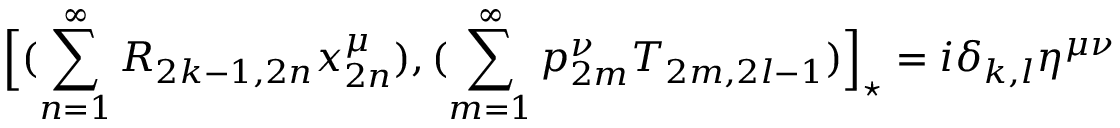
\Big [ ( \sum _ { n = 1 } ^ { \infty } R _ { 2 k - 1 , 2 n } x _ { 2 n } ^ { \mu } ) , ( \sum _ { m = 1 } ^ { \infty } p _ { 2 m } ^ { \nu } T _ { 2 m , 2 l - 1 } ) \Big ] _ { \star } = i \delta _ { k , l } \eta ^ { \mu \nu }